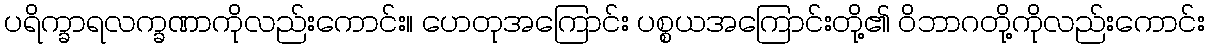
ပရိက္ခာရလက္ခဏာကိုလည်းကောင်း။ ဟေတုအကြောင်း ပစ္စယအကြောင်းတို့၏ ဝိဘာဂတို့ကိုလည်းကောင်း